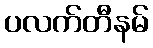
ပလက်တီနမ်